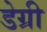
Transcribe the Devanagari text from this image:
डेग्री